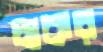
চাকর